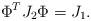
LaTeX: \begin{align*}\Phi^T J_2 \Phi = J_1.\end{align*}